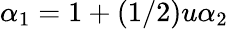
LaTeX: \alpha_{1}=1+(1/2)u\alpha_{2}